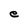
Character: e